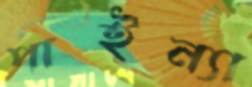
পাইন্যা